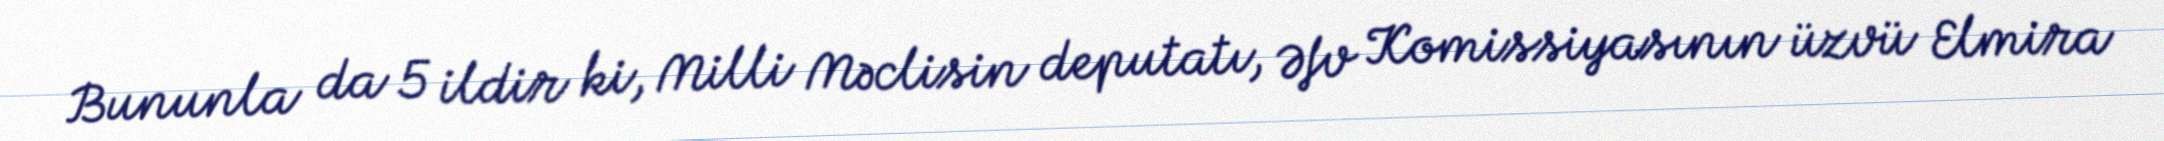
Bununla da 5 ildir ki, Milli Məclisin deputatı, Əfv Komissiyasının üzvü Elmira